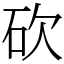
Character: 砍